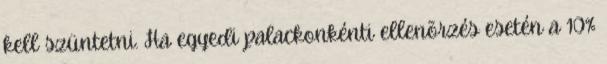
kell szüntetni. Ha egyedi palackonkénti ellenõrzés esetén a 10%